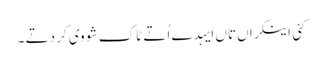
کئی اینکراں تاں ایہدے اُتے ٹاک شو وی کر دتے ۔